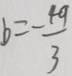
b = - \frac { 4 9 } { 3 }